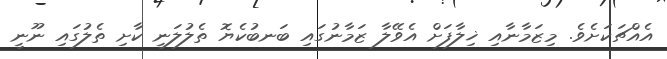
އެއްޗަކަށެވެ. މިޒަމާނާއި ޚިލާފަށް އެވޭލާ ޒަމާނުގައި ބަނބުކެޔޮ ތެލުލަނީ ކާށި ތެލުގައި ނޫނީ